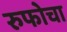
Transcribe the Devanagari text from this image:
रुफोचा